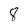
Character: 8